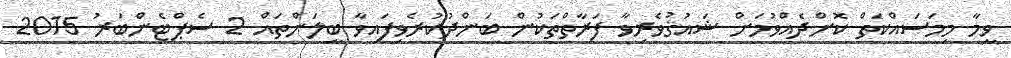
ވީމާ މިމަސައްކަތް ކޮށްދެއްވުމަށް ޝައުޤުވެރިވާ ފަރާތްތަކުން ބަންދުކުރެވިފައިވާ ބީލަންތައް 2 ސެޕްޓެންބަރު 2015